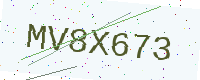
Text: MV8X673